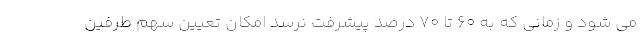
می شود و زمانی که به ۶۰ تا ۷۰ درصد پیشرفت نرسد امکان تعیین سهم طرفین